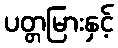
ပတ္တမြားနှင့်